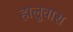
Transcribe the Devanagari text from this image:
हालुवास